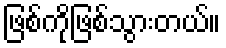
ဖြစ်ကိုဖြစ်သွားတယ်။